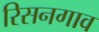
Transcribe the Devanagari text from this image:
रिसनगाव